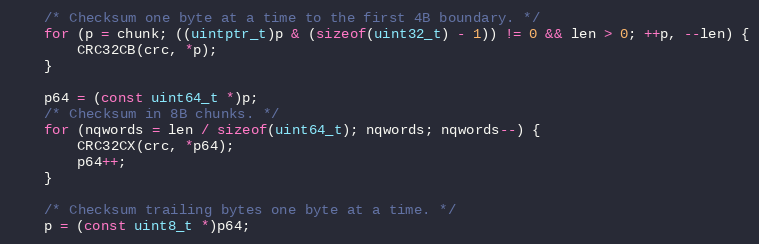
Language: C
    /* Checksum one byte at a time to the first 4B boundary. */
    for (p = chunk; ((uintptr_t)p & (sizeof(uint32_t) - 1)) != 0 && len > 0; ++p, --len) {
        CRC32CB(crc, *p);
    }

    p64 = (const uint64_t *)p;
    /* Checksum in 8B chunks. */
    for (nqwords = len / sizeof(uint64_t); nqwords; nqwords--) {
        CRC32CX(crc, *p64);
        p64++;
    }

    /* Checksum trailing bytes one byte at a time. */
    p = (const uint8_t *)p64;